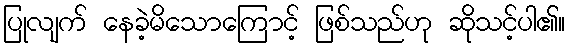
ပြုလျက် နေခဲ့မိသောကြောင့် ဖြစ်သည်ဟု ဆိုသင့်ပါ၏။